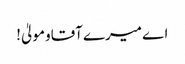
اےمیرےآقاومولیٰ!